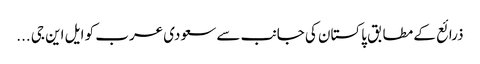
ذرائع کے مطابق پاکستان کی جانب سے سعودی عرب کو ایل این جی ...